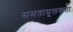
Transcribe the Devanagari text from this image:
समतामूलकता